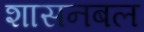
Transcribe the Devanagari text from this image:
शासनबल